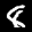
Label: 8